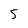
Character: S